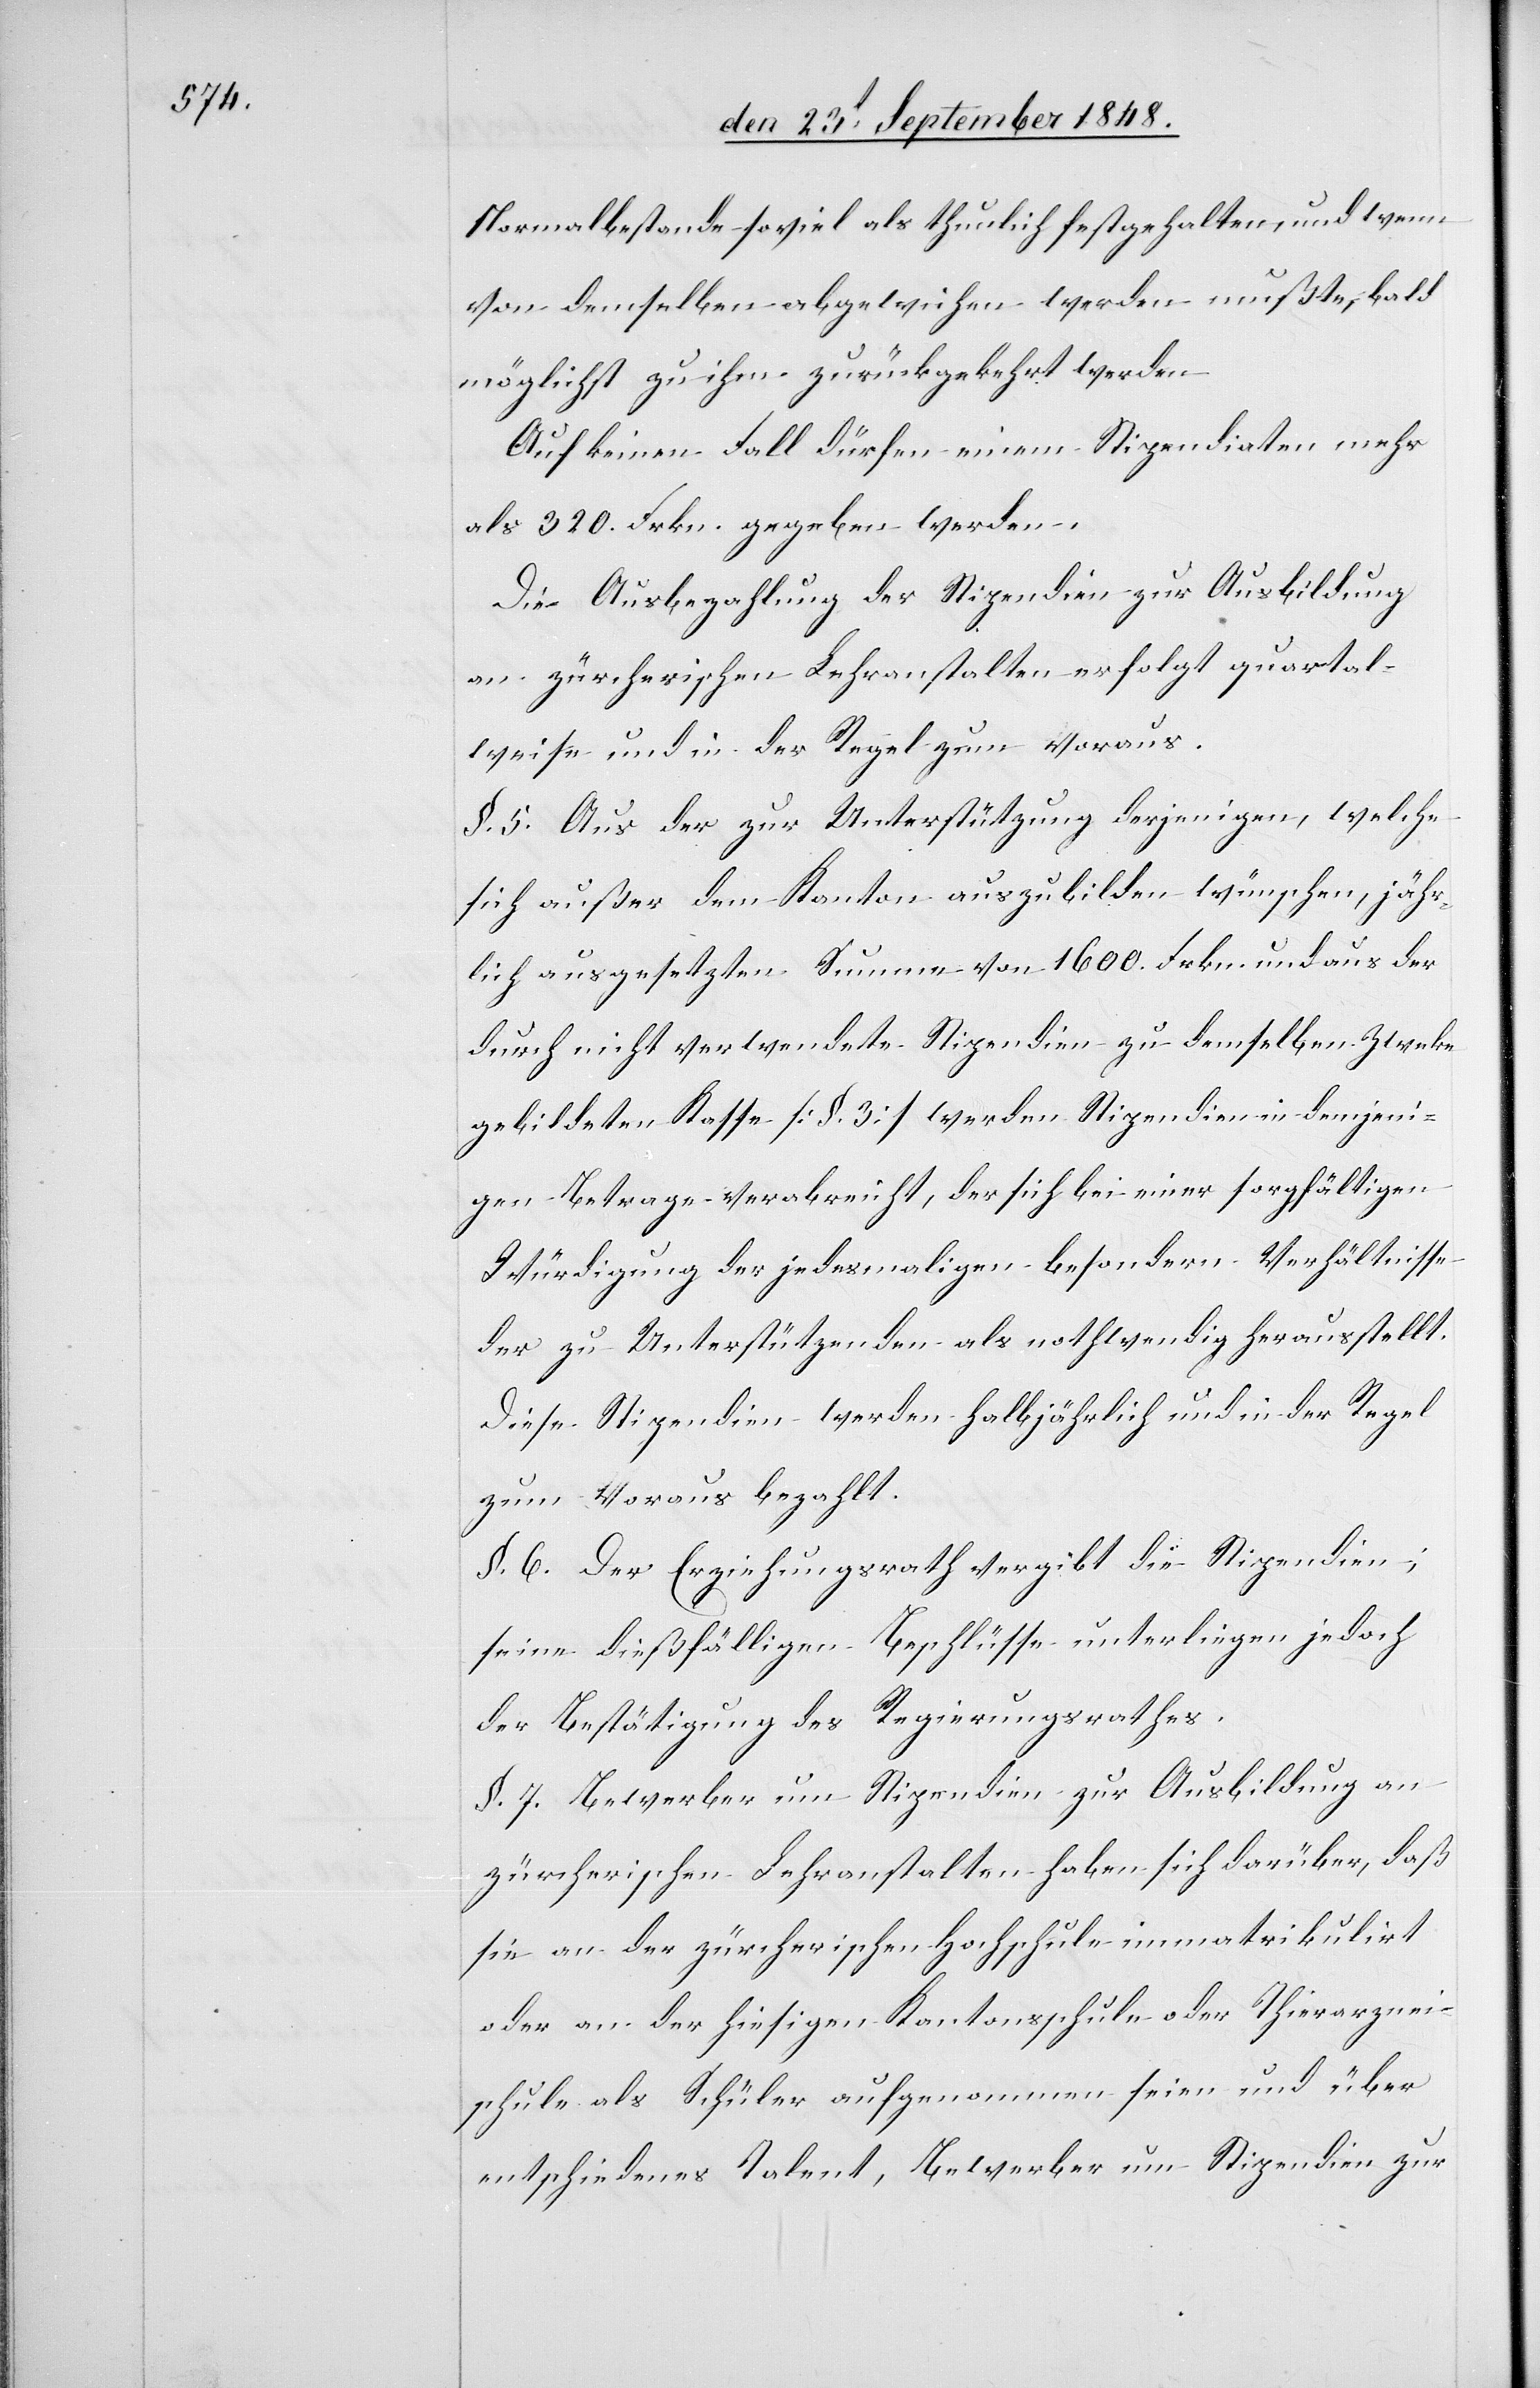
Normalbestande soviel als thunlich festgehalten, und wenn
von demselben abgewichen werden mußte, bald
möglichst zu ihm zurückgekehrt werden.
Auf keinen Fall dürfen einem Stipendiaten mehr
als 320. Frkn. gegeben werden.
Die Ausbezahlung der Stipendien zur Ausbildung
an zürcherischen Lehranstalten erfolgt quartal¬
weise und in der Regel zum voraus.
§. 5. Aus der zur Unterstützung derjenigen, welche
sich außer dem Kanton auszubilden wünschen, jähr¬
lich ausgesetzten Summe von 1600. Frkn. und aus der
durch nicht verwendete Stipendien zu demselben Zwecke
gebildeten Kasse [§. 3.] werden Stipendien in demjeni¬
gen Betrage verabreicht, der sich bei einer sorgfältigen
Würdigung der jedesmaligen besondern Verhältnisse
der zu Unterstützenden als nothwendig herausstellt.
Diese Stipendien werden halbjährlich und in der Regel
zu Voraus bezahlt.
§. 6. Der Erziehungsrath vergibt die Stipendien;
seine dießfälligen Beschlüsse unterliegen jedoch
der Bestätigung des Regierungsrathes.
§. 7. Bewerber um Stipendien zur Ausbildung an
zürcherischen Lehranstalten haben sich darüber, daß
sie an der zürcherischen Hochschule immatrikulirt
oder an der hiesigen Kantonsschule oder Thierarznei¬
schule als Schüler aufgenommen seien und über
entschiedenes Talent, Bewerber um Stipendien zur